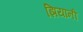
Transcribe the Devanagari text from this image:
झियांनी